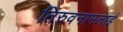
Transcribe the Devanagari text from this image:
तिरुवनामलाई